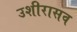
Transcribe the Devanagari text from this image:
उशीरासव